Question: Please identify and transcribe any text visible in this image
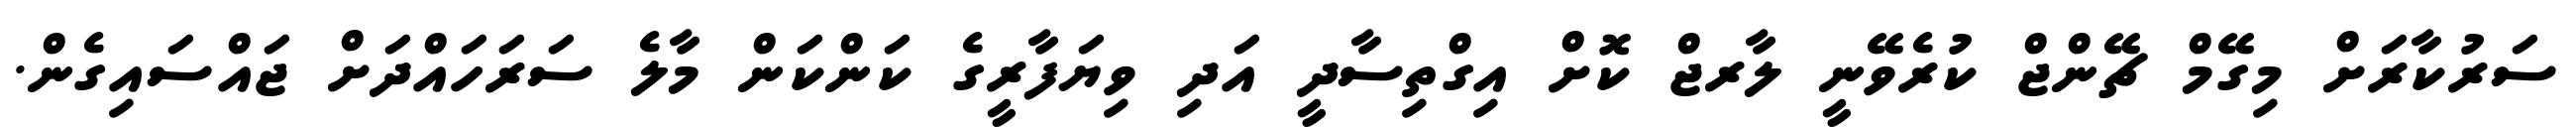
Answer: ސަރުކާރަށް މިގޭމް ޗޭންޖް ކުރެވޭނީ ލާރޖް ކޮށް އިގްތިސާދީ އަދި ވިޔަފާރީގެ ކަންކަން މާލެ ސަރަހައްދަށް ޖައްސައިގެން.